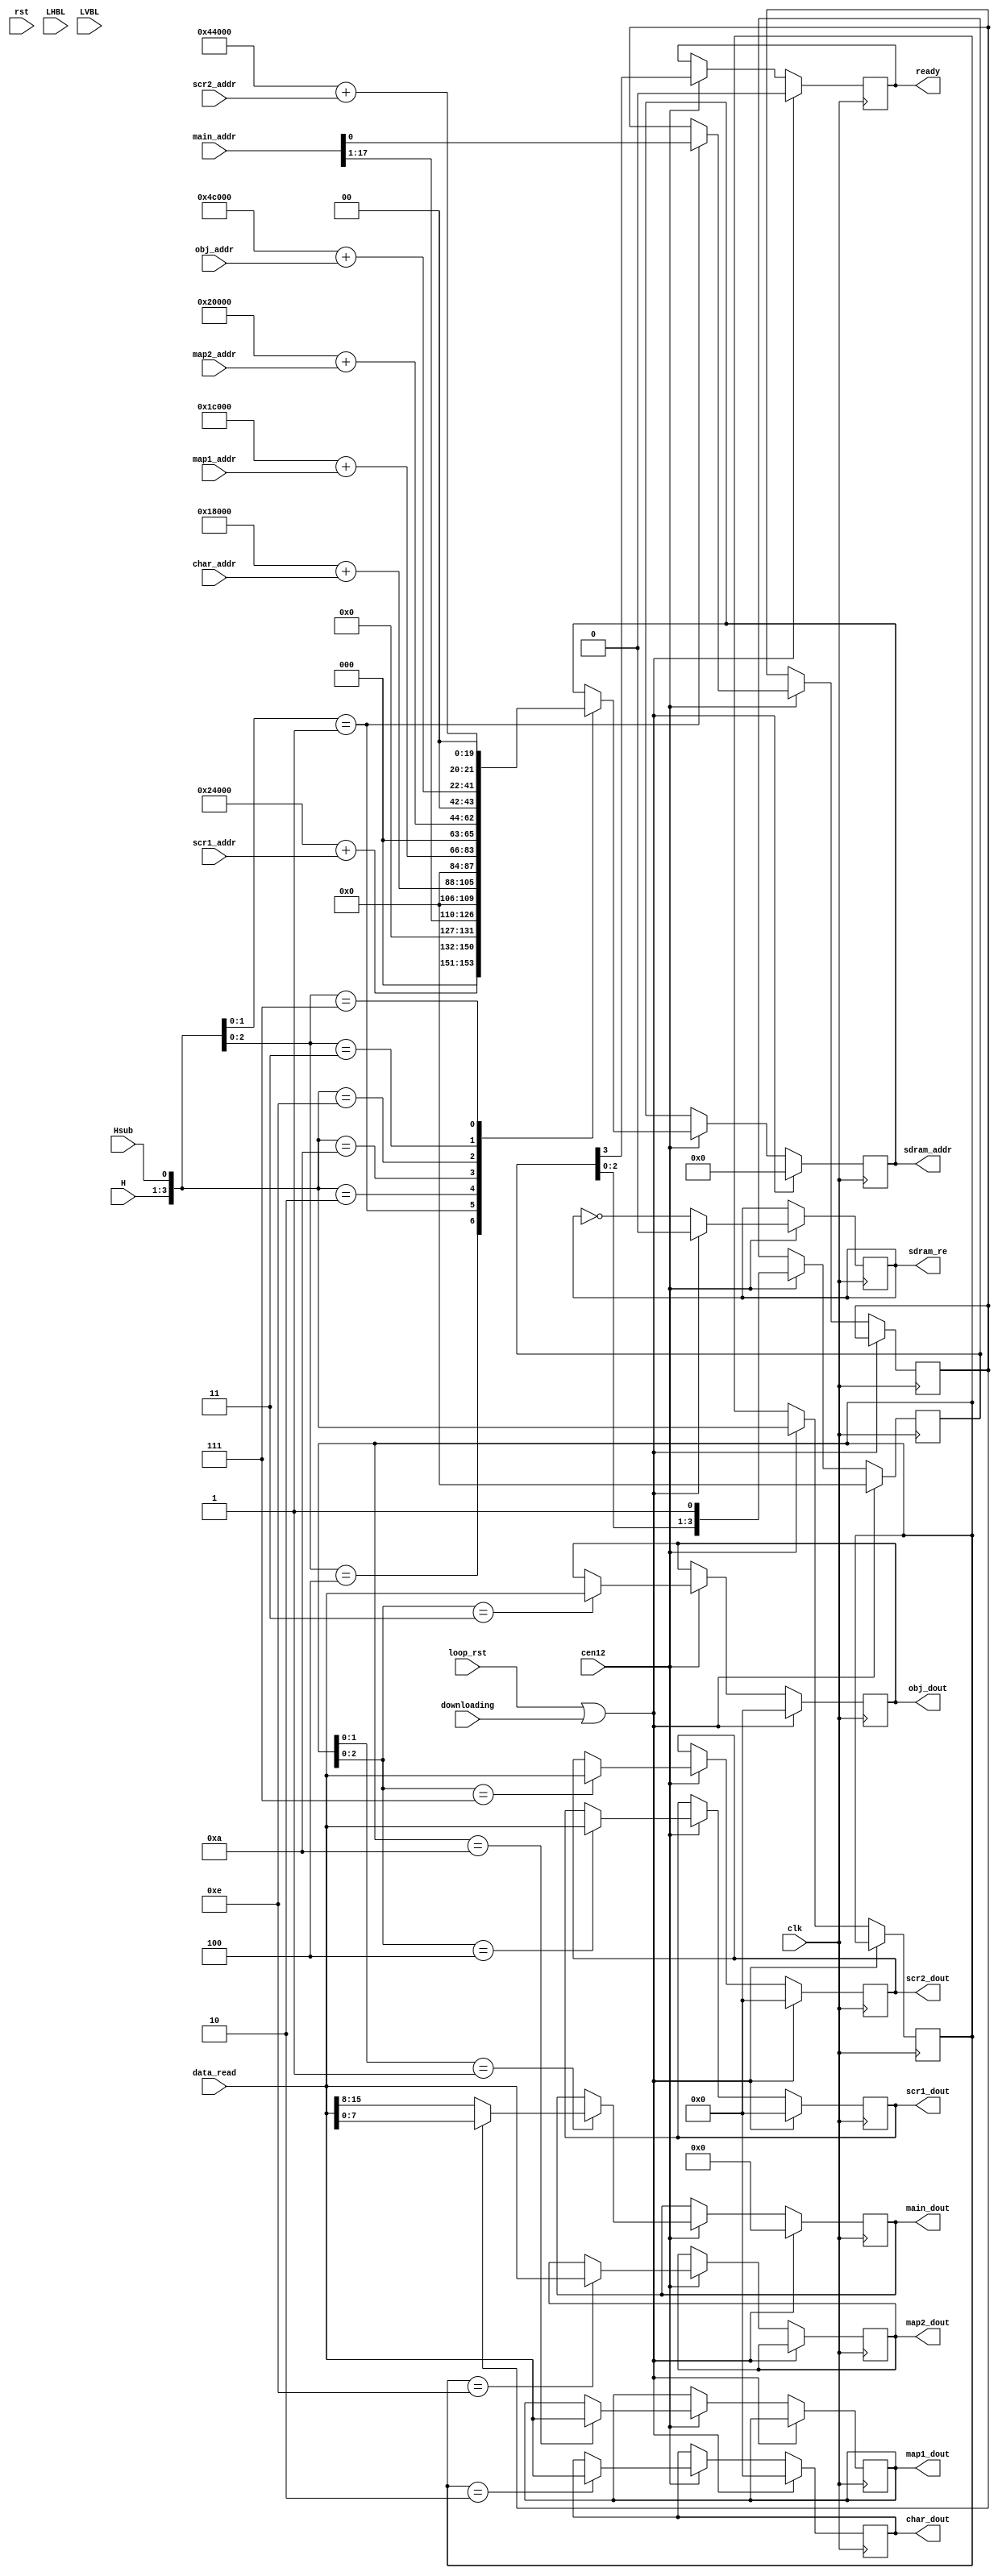
/*  This file is part of JT_GNG.
    JT_GNG program is free software: you can redistribute it and/or modify
    it under the terms of the GNU General Public License as published by
    the Free Software Foundation, either version 3 of the License, or
    (at your option) any later version.

    JT_GNG program is distributed in the hope that it will be useful,
    but WITHOUT ANY WARRANTY; without even the implied warranty of
    MERCHANTABILITY or FITNESS FOR A PARTICULAR PURPOSE.  See the
    GNU General Public License for more details.

    You should have received a copy of the GNU General Public License
    along with JT_GNG.  If not, see <http://www.gnu.org/licenses/>.

    Author: Jose Tejada Gomez. Twitter: @topapate
    Version: 1.0
    Date: 20-2-2019 */

`timescale 1ns/1ps

module jt1943_rom(
    input               rst,
    input               clk,
    input               cen12, // 12 MHz
    input       [ 2:0]  H,
    input               Hsub,
    input               LHBL,
    input               LVBL,
    output  reg         sdram_re, // any edge (rising or falling)
        // means a read request

    input       [13:0]  char_addr, //  32 kB
    input       [17:0]  main_addr, // 160 kB, addressed as 8-bit words
    input       [17:0]  obj_addr,  // 256 kB
    input       [16:0]  scr1_addr, // 256 kB (16-bit words)
    input       [14:0]  scr2_addr, //  64 kB
    input       [13:0]  map1_addr, //  32 kB
    input       [13:0]  map2_addr, //  32 kB

    output  reg [15:0]  char_dout,
    output  reg [ 7:0]  main_dout,
    output  reg [15:0]  obj_dout,
    output  reg [15:0]  map1_dout,
    output  reg [15:0]  map2_dout,
    output  reg [15:0]  scr1_dout,
    output  reg [15:0]  scr2_dout,
    output  reg         ready,
    // ROM interface
    input               downloading,
    input               loop_rst,
    output  reg [21:0]  sdram_addr,
    input       [15:0]  data_read
);

wire [3:0] rd_state = { H, Hsub }; // +4'd1;

// H is used to align with the pixel transfers
// the SDRAM-read state machine will start at roughly pixel 0 (of each 8-pixel tuple)
// the difference in time is less than 1/2 clk24 cycle
// this avoids data coming at unexpected time.

reg  [15:0] scr_aux;
reg main_lsb, snd_lsb;

// Main code
// bme01.12d -> 32kB
// bme02.13d, bme03.14d, -> 128kB, 8 banks of 16kB each
parameter  snd_offset = 22'h14_000; // bm05.4k,  32kB
parameter char_offset = 22'h18_000; // bm04.5h,  32kB
parameter map1_offset = 22'h1C_000; // bm14.5f,  32kB
parameter map2_offset = 22'h20_000; // bmm23.8k, 32kB
parameter scr1_offset = 22'h24_000; // 10f/j, 11f/j, 12f/j, 14f/j 256kB
parameter scr2_offset = 22'h44_000; // 14k/l 64kB
parameter  obj_offset = 22'h4C_000; // 10a/c, 11a/c, 12a/c, 14a/c 256kB
// 6C_000 = ROM LEN

localparam col_w = 9, row_w = 13;
localparam addr_w = 13, data_w = 16;

reg [3:0] ready_cnt;
reg [3:0] rd_state_last;

`ifdef SIMULATION
wire main_rq = rd_state[1:0]==2'b01;
wire  snd_rq = rd_state[1:0]==2'b00;
wire  obj_rq = rd_state[2:0] == 3'b011;
`endif
wire char_rq = rd_state == 4'd2;
wire  scr_rq = rd_state[2:1] == 2'b11;

always @(posedge clk) if(cen12) begin
    if( loop_rst || downloading )
        sdram_re <= 1'b0;   // start strobing before ready signal
            // because first data must be read before that signal.
    else
        sdram_re <= ~sdram_re;
end

always @(posedge clk)
if( loop_rst || downloading ) begin
    sdram_addr <= {(addr_w+col_w){1'b0}};
    main_dout <=  8'd0;
    char_dout <= 16'd0;
    obj_dout  <= 16'd0;
    scr1_dout <= 16'd0;
    scr2_dout <= 16'd0;
    ready_cnt <=  4'd0;
    ready     <=  1'b0;
end else if(cen12) begin
    {ready, ready_cnt}  <= {ready_cnt, 1'b1};
    rd_state_last <= rd_state;
    // Get data from current read
    casez(rd_state_last)
        4'b?100: scr1_dout <= data_read;

        4'b??01: main_dout <= !main_lsb ? data_read[15:8] : data_read[ 7:0];

        4'b0010: char_dout <= data_read;
        4'b0110: ; // unused
        4'b1010: map1_dout <= data_read;
        4'b1110: map2_dout <= data_read;

        4'b?011: obj_dout  <= data_read;
        4'b?111: scr2_dout <= data_read;
        default:;
    endcase
    casez(rd_state)
        4'b?100: sdram_addr <= scr1_offset + { 5'b0, scr1_addr }; // 14:0 B/C ROMs

        4'b??01: begin
            sdram_addr <= { 4'd0, main_addr[17:1] };
            main_lsb <= main_addr[0];
        end

        4'b0010: sdram_addr <= char_offset + { 8'b0, char_addr }; // 12:0
        4'b1010: sdram_addr <= map1_offset + { 8'b0, map1_addr }; // 12:0
        4'b1110: sdram_addr <= map2_offset + { 8'b0, map2_addr }; // 12:0

        4'b?011: sdram_addr <= obj_offset + { 6'b0,  obj_addr }; // 15:0
        4'b?111: sdram_addr <= scr2_offset+ { 7'b0, scr2_addr }; // scr_addr E ROMs
        default:;
    endcase
    // autorefresh <= !LVBL && (char_rq || scr_rq); // rd_state==4'd14;
end

endmodule // jtgng_rom